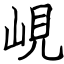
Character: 峴